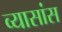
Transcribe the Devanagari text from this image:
व्यासांस